Source: Handwritten
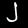
Digit: ၂ (2)